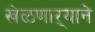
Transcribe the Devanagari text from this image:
खेळणाऱ्याने